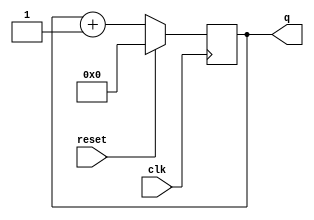
module top_module (
    input clk,
    input reset,      // Synchronous active-high reset
    output [3:0] q);

    always @(posedge clk) begin
        if (reset) q <= 4'b0;
        else q <= q + 1'b1;
    end
endmodule